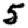
Digit: 5